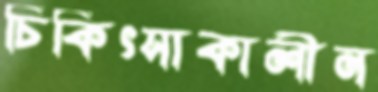
চিকিৎসাকালীন